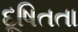
દૂષિતતા